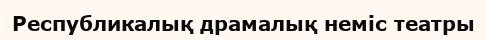
Республикалық драмалық неміс театры